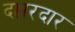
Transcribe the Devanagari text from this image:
दप्तरदार